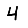
Digit: 4